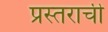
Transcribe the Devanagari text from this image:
प्रस्तराची